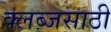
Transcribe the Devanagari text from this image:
क्लब्जसाठी